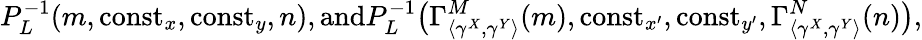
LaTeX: P_{L}^{-1}(m,{\mathrm{const}}_{x},{\mathrm{const}}_{y},n),\textrm{and}P_{L}^{-1}\big(\Gamma_{{\langle\gamma^{X},\gamma^{Y}\rangle}}^{M}(m),{\mathrm{const}}_{x^{\prime}},{\mathrm{const}}_{y^{\prime}},\Gamma_{{\langle\gamma^{X},\gamma^{Y}\rangle}}^{N}(n)\big),